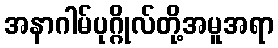
အနာဂါမ်ပုဂ္ဂိုလ်တို့အမူအရာ